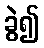
ခွဲ၍